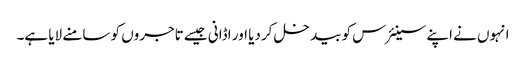
انہوں نے اپنے سینئرس کو بیدخل کردیا اور اڈانی جیسے تاجروں کو سامنے لایا ہے۔